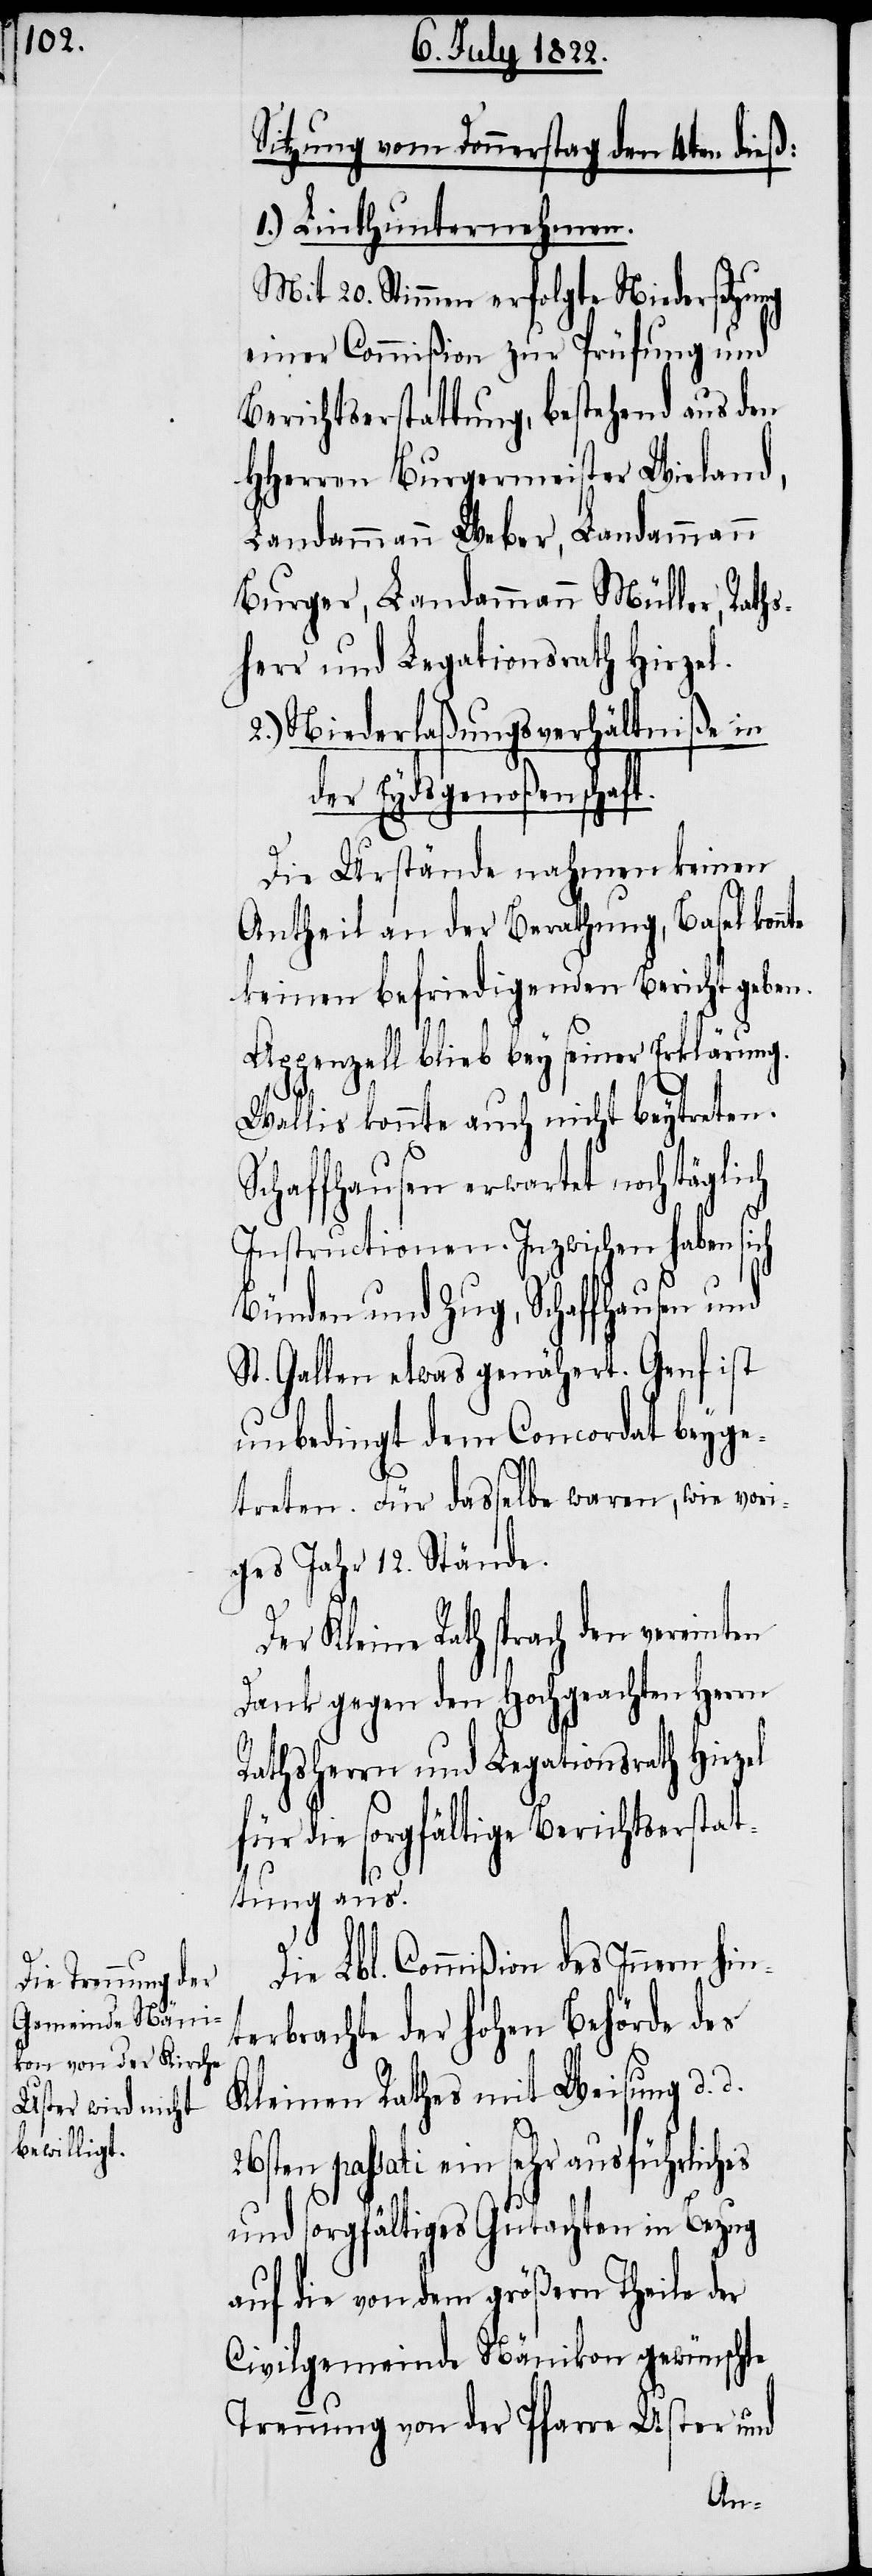
Sitzung vom Donnerstag den 4ten dieß:
1.) Linthunternehmen.
Mit 20. Stimmen erfolgte Niedersetzung
einer Commißion zur Prüfung und
Berichtserstellung, bestehend aus den
HHerren Burgermeister Wieland,
2.) Niederlaßungsverhältniße in
er Eydsgenoßenschaft.
Die Urstände nahmen keinen
Antheil an der Berathung, Basel kon¬
keinen befriedigenden Bericht geben.
Appenzell blieb bey seiner Erklärung.
Wallis konnte auch nicht beytreten.
Schaffhausen erwartet noch täglich
Instructionen. Inzwischen haben
Bünden und Zug, Schaffhausen und
St. Gallen etwas genähert. Genf ist
unbedingt dem Concordat beyge¬
treten. Für dasselbe waren, wie vor¬
iges Jahr 12. Stände.
Der Kleine Rath sprach den
Dank gegen den Hochgeachten Herrn
Rathsherrn und Legationsrath Hirzel
für die sorgfältige Berichterstat¬
nte
tung aus.
Die Lbl. Commißion des Innern hin¬
terbrachte der Hohen Behörde des
Kleinen Rathes mit Weisung d. d.
passati ein sehr ausführliches
und sorgfältiges Gutachten in Bezug
auf die von dem größern Theile der
Civilgemeinde Nänikon gewünschte
Trennung von der Pfarre Uster und